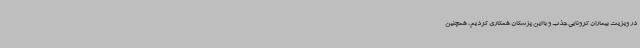
در ویزیت بیماران کرونایی جذب و با این پزشکان همکاری کردیم، همچنین